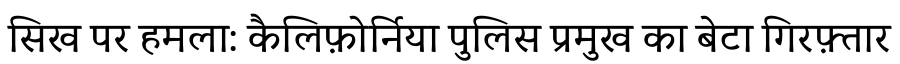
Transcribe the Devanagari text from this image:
सिख पर हमला: कैलिफ़ोर्निया पुलिस प्रमुख का बेटा गिरफ़्तार